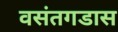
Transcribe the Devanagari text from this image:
वसंतगडास